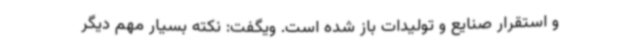
و استقرار صنایع و تولیدات باز شده است. ویگفت: نکته بسیار مهم دیگر